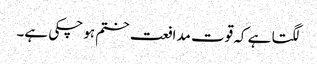
لگتا ہے کہ قوت مدافعت ختم ہو چکی ہے۔